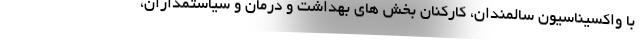
با واکسیناسیون سالمندان، کارکنان بخش های بهداشت و درمان و سیاستمداران،